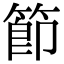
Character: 節